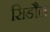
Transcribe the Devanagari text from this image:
सिडौल